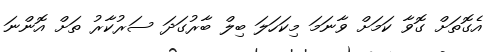
އެގޮތަަށް ގޮވާ ކަމަށް ވާނަމަ މިކަހަލަ ބިލް ބާރުގަދަ ސަރުކާރު ތަށް އޮންނަ